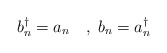
\begin{align*}b_{n}^{\dagger }=a_{n}\quad ,\;b_{n}=a_{n}^{\dagger }\end{align*}